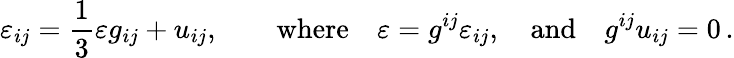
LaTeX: \varepsilon_{ij}=\frac 13\varepsilon g_{ij}+u_{ij},\qquad\mathrm{where}\quad\varepsilon=g^{ij}\varepsilon_{ij},\quad\mathrm{and}\quad g^{ij}u_{ij}=0\, .